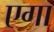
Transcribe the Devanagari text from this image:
एगा